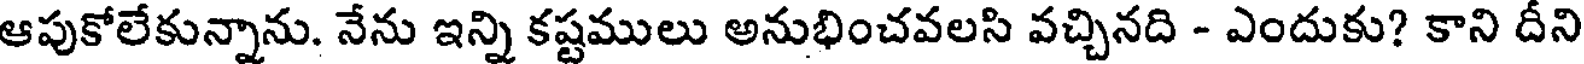
ఆపుకోలేకున్నాను. నేను ఇన్ని కష్టములు అనుభించవలసి వచ్చినది - ఎందుకు? కాని దీని